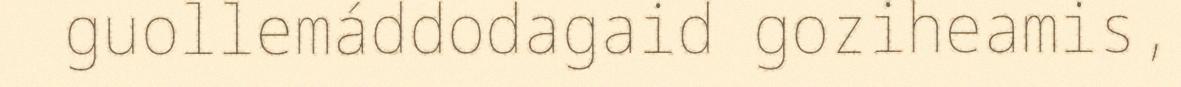
guollemáddodagaid goziheamis,